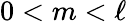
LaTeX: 0<m<\ell